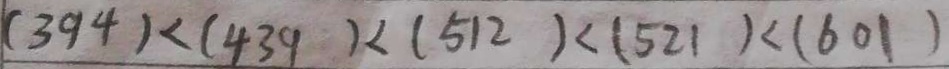
( 3 9 4 ) < ( 4 3 9 ) < ( 5 1 2 ) < ( 5 2 1 ) < ( 6 0 1 )